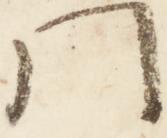
門